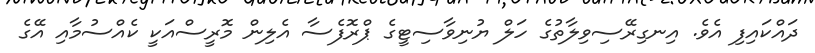
ދައްކައިފި އެވެ. އިނގިރޭސިވިލާތުގެ ހަލް ޔުނިވާސިޓީގެ ޕްރޮފެސާ އެލިން މޮރީސްއަކީ ކެއްސުމާއި އޭގެ